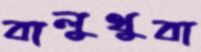
বালুথুবা